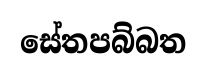
සේතපබ්බත